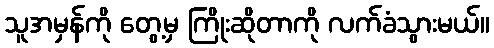
သူအမှန်ကို တွေ့မှ ကြိုးဆိုတာကို လက်ခံသွားမယ်။